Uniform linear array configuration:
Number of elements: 12
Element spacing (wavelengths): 0.75
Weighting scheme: kaiser
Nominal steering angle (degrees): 15
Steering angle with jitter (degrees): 15.856
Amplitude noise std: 0.05
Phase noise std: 0.05

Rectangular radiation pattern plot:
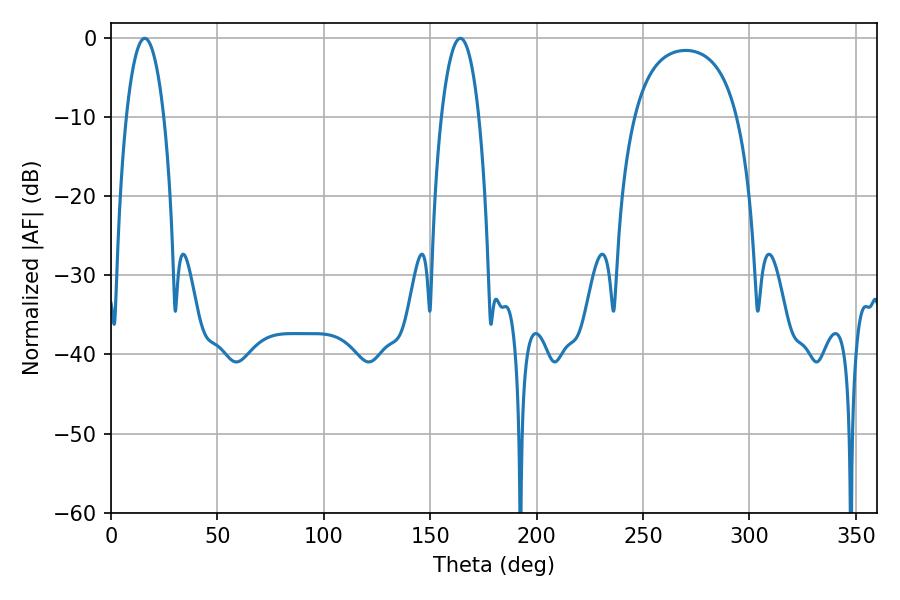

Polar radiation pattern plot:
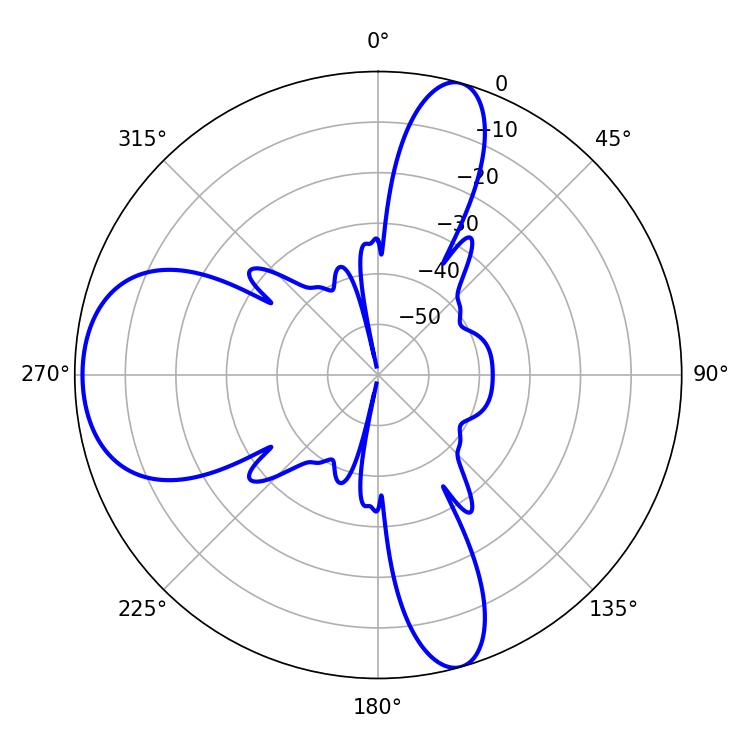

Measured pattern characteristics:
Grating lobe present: TRUE
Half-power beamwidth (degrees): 9.9
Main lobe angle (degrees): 15.84